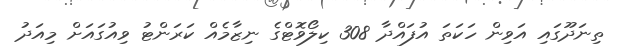
ތިނަދޫގައި އަވިން ހަކަތަ އުފައްދާ 308 ކިލޯވޮޓްގެ ނިޒާމެއް ކަރަންޓު ވިއުގައަށް މިއަދު